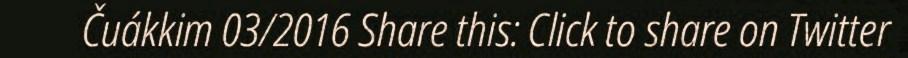
Čuákkim 03/2016 Share this: Click to share on Twitter